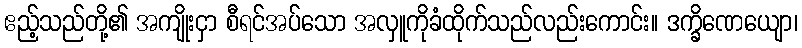
ဧည့်သည်တို့၏ အကျိုးငှာ စီရင်အပ်သော အလှူကိုခံထိုက်သည်လည်းကောင်း။ ဒက္ခိဏေယျော၊